Report on sanitation, dispensaries, and jails in Rajputana for 1921, and on vaccination for the year 1921-1922 - 1921-1922
Year: 1921
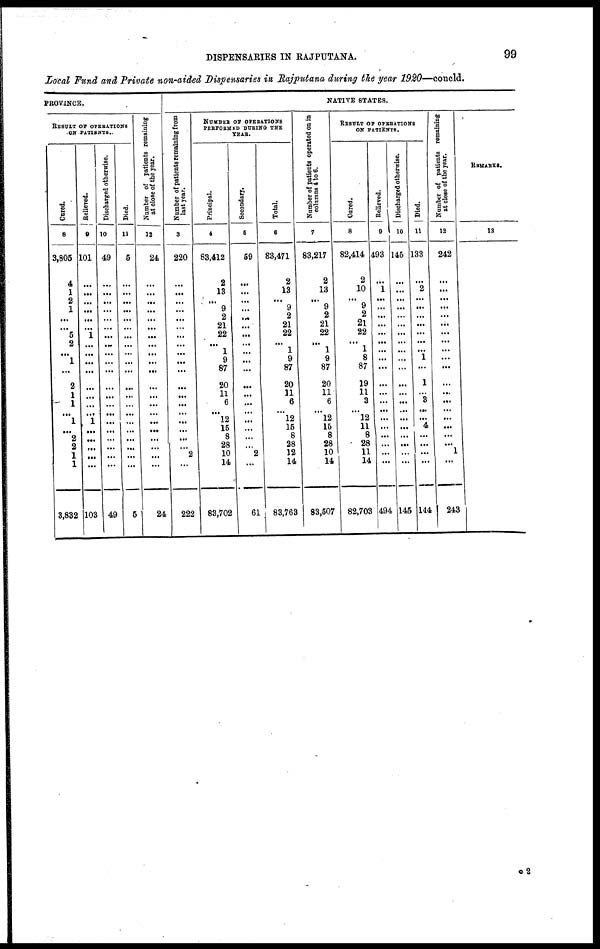
DISPENSARIES IN RAJPUTANA.
99
Local Fund and Private non-aided Dispensaries in Rajputana during the year 1920—concld.
PROVINCE.
RESULT OF OPERATIONS
ON PATIENTS.
Cured.
8
3,805
4
1
2
1
...
...
5
2
...
1
...
2
1
1
... 1
...
2
2
1
1
3,832
Relieved.
9
101
...
...
...
...
...
...
1
...
...
...
...
...
...
...
...
1
...
...
...
...
...
103
Discharged otherwise.
10
49
...
...
...
...
...
...
...
...
...
...
...
...
...
...
...
...
...
...
...
...
...
49
Died.
11
5
...
...
...
...
...
...
...
...
...
...
...
...
...
...
...
...
...
...
...
...
...
5
Number of patients remaining
at close of the year.
12
24
...
...
...
...
...
...
...
...
...
...
...
...
...
...
...
...
...
...
...
...
...
24
Number of patients remaining from
last year.
3
220
...
...
...
...
...
...
...
...
...
...
...
...
...
...
...
...
...
...
...
2
...
222
NUMBER OF OPERATIONS
PERFORMED DURING THE
YEAR.
Principal.
4
83,412
2
13
...
9
2
21
22
...
1
9
87
20
11
6
... 12
15
8
28
10
14
83,702
Secondary.
5
59
...
...
...
...
...
...
...
...
...
...
...
...
...
...
...
...
...
...
...
2
...
61
Total.
6
83,471
2
13
...
9
2
21
22
...
1
9
87
20
11
6
...
12
15
8
28
12
14
83,763
NATIVE STATES.
Number of patients operated on in
columns 4 to 6.
7
83,217
2
13
... 9
2
21
22
...
1
9
87
20
11
6
...
12
15
8
28
10
14
83,507
RESULT OF OPERATIONS
ON PATIENTS.
Cured.
8
82,414
2
10
...
9
2
21
22
...
1
8
87
19
11
3
...
12
11
8
28
11
14
82,703
Relieved.
9
493
...
1
...
...
...
...
...
...
...
...
...
...
...
...
...
...
...
...
...
...
...
494
Discharged otherwise.
10
145
...
...
...
...
...
...
...
...
...
...
...
...
...
...
...
...
...
...
...
...
...
145
Died.
11
133
...
2
...
...
...
...
...
...
...
1
...
1
...
3
...
...
4
...
...
...
...
144
Number of patients remaining
at close of the year.
12
242
...
...
...
...
...
...
...
...
...
...
...
...
...
...
...
...
...
...
...
1
...
243
REMARKS.
13
O2